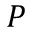
P